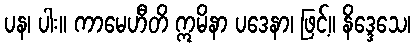
ပန၊ ပါး။ ကာမေဟီတိ ဣမိနာ ပဒေနာ၊ ဖြင့်။ နိဒ္ဒေသေ၊